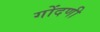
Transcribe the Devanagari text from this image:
गोंदणी